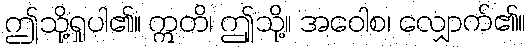
ဤသို့ရှုပါ၏။ ဣတိ၊ ဤုသို့။ အဝေါစ၊ လျှောက်၏။